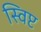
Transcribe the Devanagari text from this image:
स्विप्ट